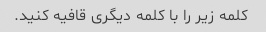
کلمه زیر را با کلمه دیگری قافیه کنید.